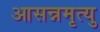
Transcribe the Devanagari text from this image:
आसन्नमृत्यु